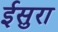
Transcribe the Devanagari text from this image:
ईसुरा